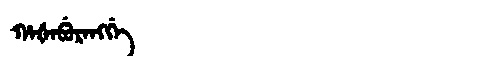
Manchu: ᡥᠠᡧᠠᠪᡠᡵᠠᠩᡤᡝ
Romanization: HAŠABURANGGE